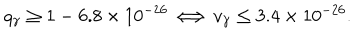
LaTeX: q _ { \gamma } \geq 1 - 6 . 8 \times 1 0 ^ { - 2 6 } \Longleftrightarrow v _ { \gamma } \leq 3 . 4 \times 1 0 ^ { - 2 6 } .